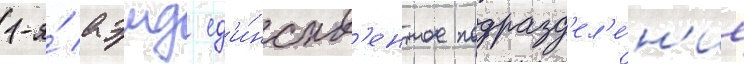
1-я́ аэмд ед'и́нств'енное подразд'ел'е́н'ие